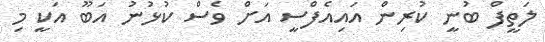
ލަތީފް ބުނީ ކުރިން އައިއެފްސީ އަށް ވެސް ކުޅުނު އަބޫ އަކީ މި